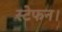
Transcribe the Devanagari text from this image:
स्टेफन।